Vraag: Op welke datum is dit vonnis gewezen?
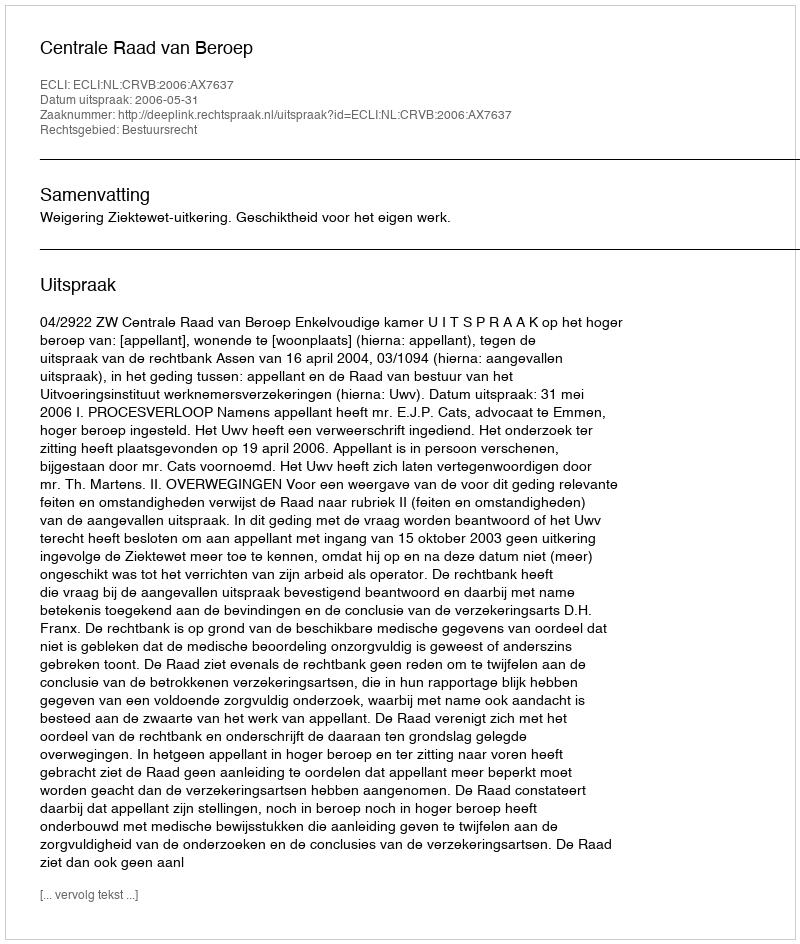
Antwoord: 2006-05-31